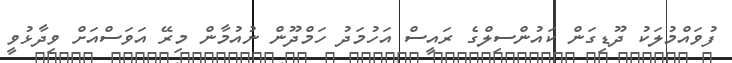
ފުވައްމުލަކު ދޫޑިގަން ކައުންސިލްގެ ރައީސް އަހުމަދު ހަމްދޫން ނުއުމާން މިރޭ އަވަސްއަށް ވިދާޅުވީ